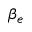
\beta _ { e }